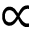
\propto